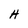
Character: H